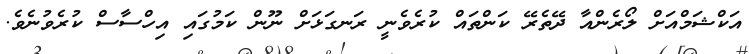
އަކްޝަމްއަށް ލޯރެންއާ ދޭތެރޭ ކަންތައް ކުރެވެނީ ރަނގަޅަށް ނޫން ކަމުގައި އިހްސާސް ކުރެވުނެވެ.